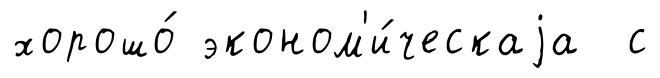
хорошо́ эконом'и́ческаjа с